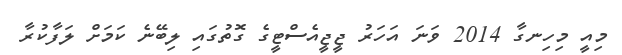
މިއީ މިހިނގާ 2014 ވަނަ އަހަރު ޖީޖީއެސްޓީގެ ގޮތުގައި ލިބޭނެ ކަމަށް ލަފާކުރާ